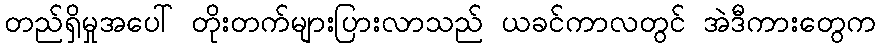
တည်ရှိမှုအပေါ် တိုးတက်များပြားလာသည် ယခင်ကာလတွင် အဲဒီကားတွေက